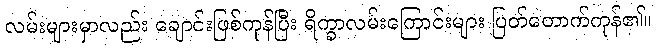
လမ်းများမှာလည်း ချောင်းဖြစ်ကုန်ပြီး ရိက္ခာလမ်းကြောင်းများ ပြတ်တောက်ကုန်၏။